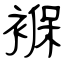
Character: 褓